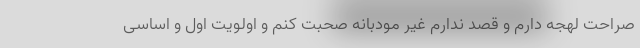
صراحت لهجه دارم و قصد ندارم غیر مودبانه صحبت کنم و اولویت اول و اساسی